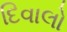
દિવાલો